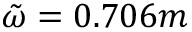
\tilde { \omega } = 0 . 7 0 6 m